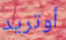
أوتريد